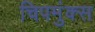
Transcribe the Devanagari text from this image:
चिपमुंक्स